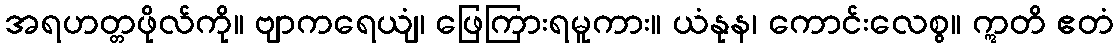
အရဟတ္တဖိုလ်ကို။ ဗျာကရေယျံ၊ ဖြေကြားရမူကား။ ယံနုန၊ ကောင်းလေစွ။ ဣတိ ဧတံ